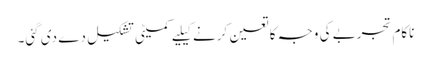
ناکام تجربے کی وجہ کا تعین کرنے کیلیے کمیٹی تشکیل دے دی گئی۔